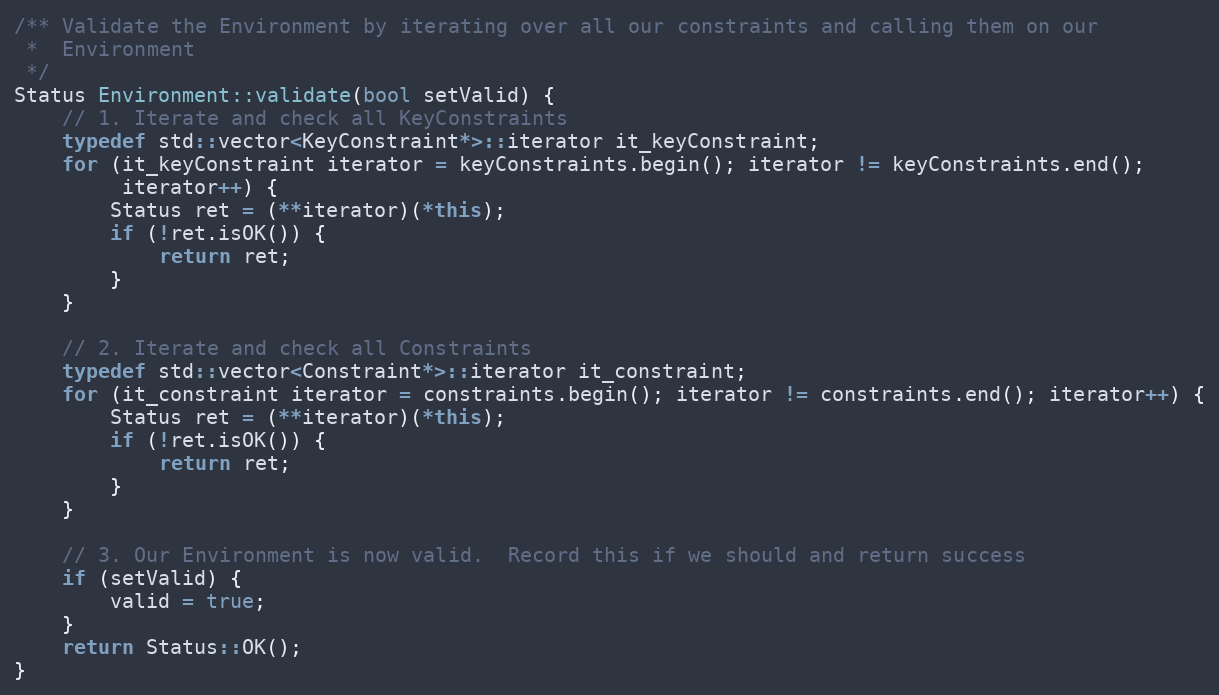
Language: C++
/** Validate the Environment by iterating over all our constraints and calling them on our
 *  Environment
 */
Status Environment::validate(bool setValid) {
    // 1. Iterate and check all KeyConstraints
    typedef std::vector<KeyConstraint*>::iterator it_keyConstraint;
    for (it_keyConstraint iterator = keyConstraints.begin(); iterator != keyConstraints.end();
         iterator++) {
        Status ret = (**iterator)(*this);
        if (!ret.isOK()) {
            return ret;
        }
    }

    // 2. Iterate and check all Constraints
    typedef std::vector<Constraint*>::iterator it_constraint;
    for (it_constraint iterator = constraints.begin(); iterator != constraints.end(); iterator++) {
        Status ret = (**iterator)(*this);
        if (!ret.isOK()) {
            return ret;
        }
    }

    // 3. Our Environment is now valid.  Record this if we should and return success
    if (setValid) {
        valid = true;
    }
    return Status::OK();
}